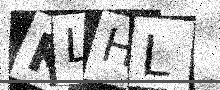
Text: KLHL